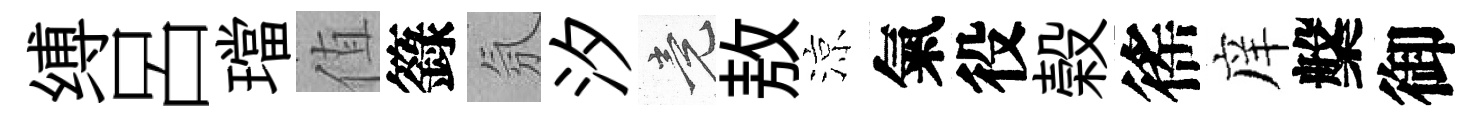
缚呂璫值籙氛汐竟敖涼氣役榖徭庠槃御